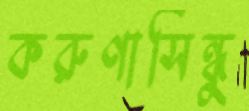
করুণাসিন্ধু